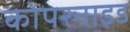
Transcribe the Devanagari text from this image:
कोपरनाइड